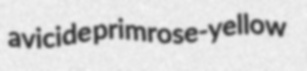
avicide primrose-yellow